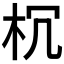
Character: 𣏝